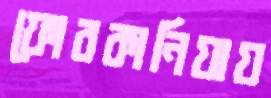
ফোরকানিয়ায়